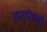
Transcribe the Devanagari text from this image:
लाभाऎवजी